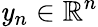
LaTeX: \mathit{y}_{n}\in\mathbb{{R}}^{n}